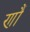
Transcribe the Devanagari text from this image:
णौं